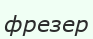
фрезер